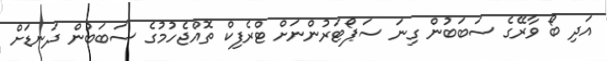
އަދި ބޯ ވާރޭގެ ސަބަބުން ގިނަ ސަޕޯޓަރުންނަށް ޓްރެފިކް ތޮއްޖެހުމުގެ ސަބަބުން ދަނޑަށް